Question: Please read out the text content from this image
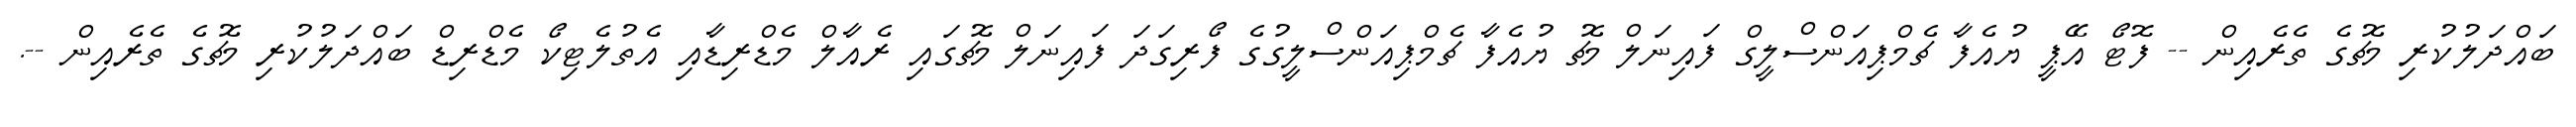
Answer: ބައްދަލުކުރި މެޗުގެ ތެރެއިން -- ފޮޓޯ އޭޕީ ޔުއެފާ ޗެމްޕިއަންސްލީގް ފައިނަލް މެޗު ޔުއެފާ ޗެމްޕިއަންސްލީގުގެ ފޯރިގަދަ ފައިނަލް މެޗުގައި ރެއާލް މެޑްރިޑާއި އެތުލެޓިކޯ މެޑްރިޑް ބައްދަލުކުރި މެޗުގެ ތެރެއިން --.